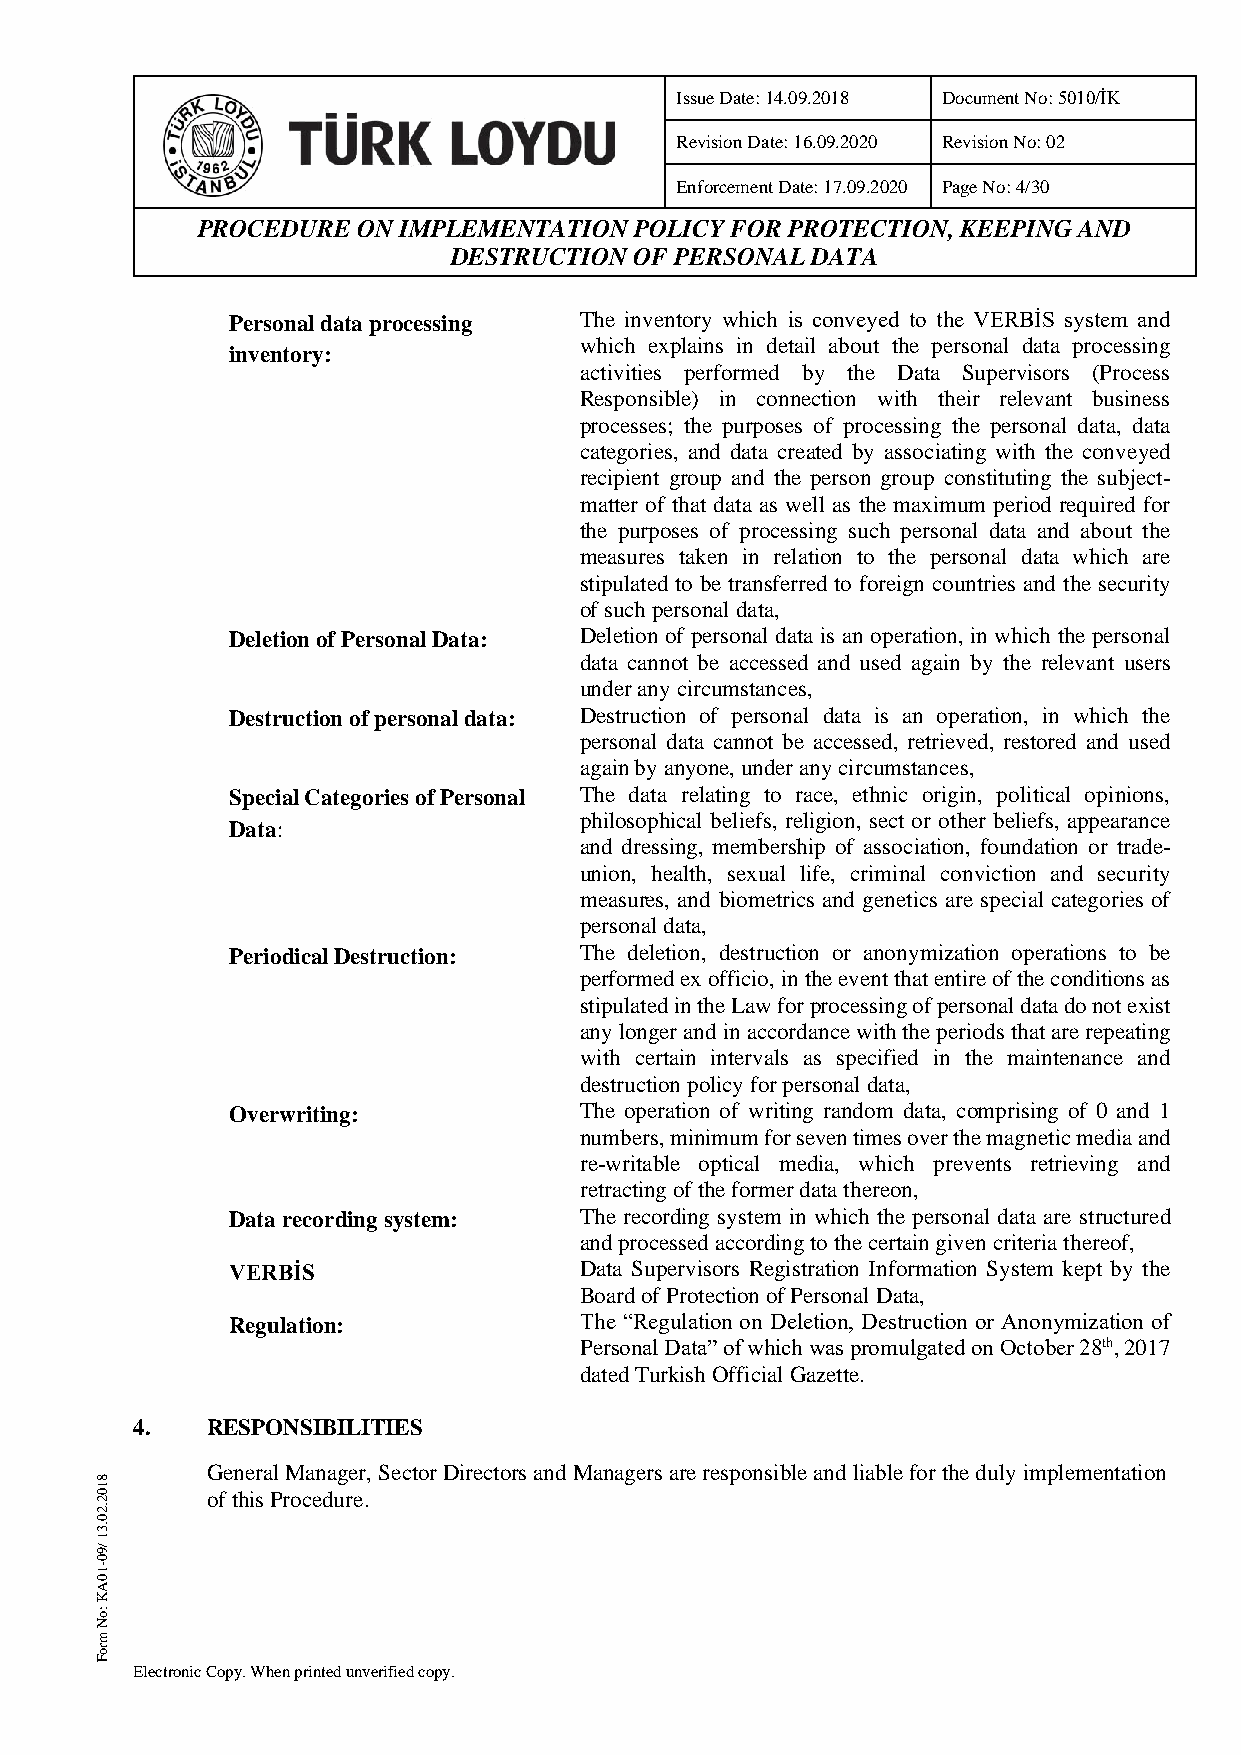
Issue Date: 14.09.2018 Document No: 5010/İK
 Revision Date: 16.09.2020 Revision No: 02
 Enforcement Date: 17.09.2020 Page No: 4/30
 PROCEDURE  ON IMPLEMENTATION POLICY FOR PROTECTION, KEEPING AND
 DESTRUCTION OF PERSONAL DATA
 Personal data processing The inventory which is conveyed to the VERBİS system and
 which explains in detail about the personal data processing
 inventory:
 activities performed by the Data Supervisors (Process
 Responsible) in connection with their relevant business
 processes; the purposes of processing the personal data, data
 categories, and data created by associating with the conveyed
 recipient group and the person group constituting the subject-
 matter of that data as well as the maximum period required for
 the purposes of processing such personal data and about the
 measures taken in relation to the personal data which are
 stipulated to be transferred to foreign countries and the security
 of such personal data,
 Deletion of Personal Data: Deletion of personal data is an operation, in which the personal
 data cannot be accessed and used again by the relevant users
 under any circumstances,
 Destruction of personal data: Destruction of personal data is an operation, in which the
 personal data cannot be accessed, retrieved, restored and used
 again by anyone, under any circumstances,
 Special Categories of Personal The data relating to race, ethnic origin, political opinions,
 philosophical beliefs, religion, sect or other beliefs, appearance
 Data:
 and dressing, membership of association, foundation or trade-
 union, health, sexual life, criminal conviction and security
 measures, and biometrics and genetics are special categories of
 personal data,
 Periodical Destruction: The deletion, destruction or anonymization operations to be
 performed ex officio, in the event that entire of the conditions as
 stipulated in the Law for processing of personal data do not exist
 any longer and in accordance with the periods that are repeating
 with certain intervals as specified in the maintenance and
 destruction policy for personal data,
 Overwriting:           The operation of writing random data, comprising of 0 and 1
 numbers, minimum for seven times over the magnetic media and
 re-writable optical media, which prevents retrieving and
 retracting of the former data thereon,
 Data recording system: The recording system in which the personal data are structured
 and processed according to the certain given criteria thereof,
 VERBİS                 Data Supervisors Registration Information System kept by the
 Board of Protection of Personal Data,
 Regulation:            The “Regulation on Deletion, Destruction or Anonymization of
 Personal Data” of which was promulgated on October 28th, 2017
 dated Turkish Official Gazette.
 4.   RESPONSIBILITIES
 General Manager, Sector Directors and Managers are responsible and liable for the duly implementation
 8
 1
 0       of this Procedure.
 2
 .2
 0
 .3
 1
 /9
 0
 1-
 0
 A
 K
 :o
 N
 m
 ro
 F
 Electronic Copy. When printed unverified copy.